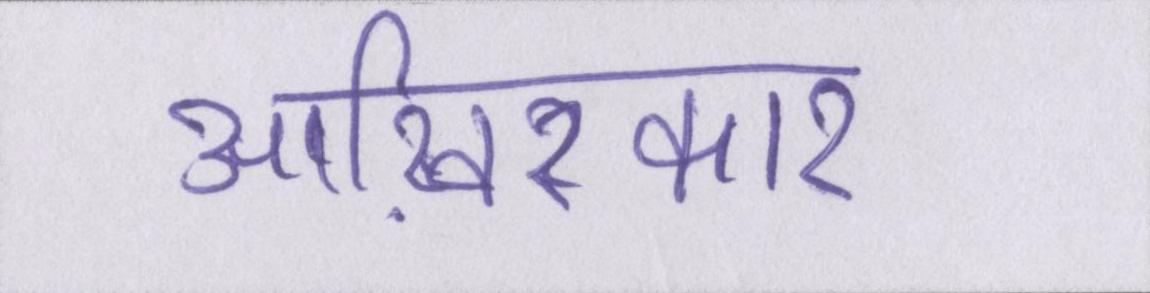
आख़िरकार